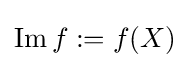
\operatorname {Im} f:=f(X)